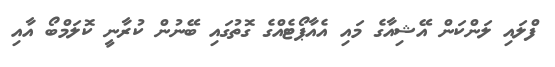
ފްލައި ލަންކަން އޭޝިއާގެ މައި އެއާޕޯޓެއްގެ ގޮތުގައި ބޭނުން ކުރާނީ ކޮލަމްބޯ އާއި